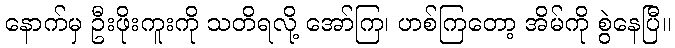
နောက်မှ ဦးဖိုးကူးကို သတိရလို့ အော်ကြ၊ ဟစ်ကြတော့ အိမ်ကို စွဲနေပြီ။